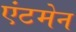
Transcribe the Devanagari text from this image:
एंटमेन